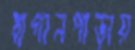
বাগানপাড়ায়